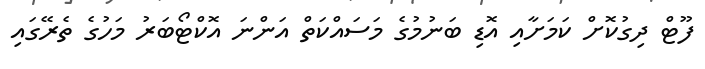
ފޫޓް ދިގުކޮށް ކަމަށާއި އޮޑި ބަނުމުގެ މަސައްކަތް އަންނަ އޮކްޓޯބަރު މަހުގެ ތެރޭގައި